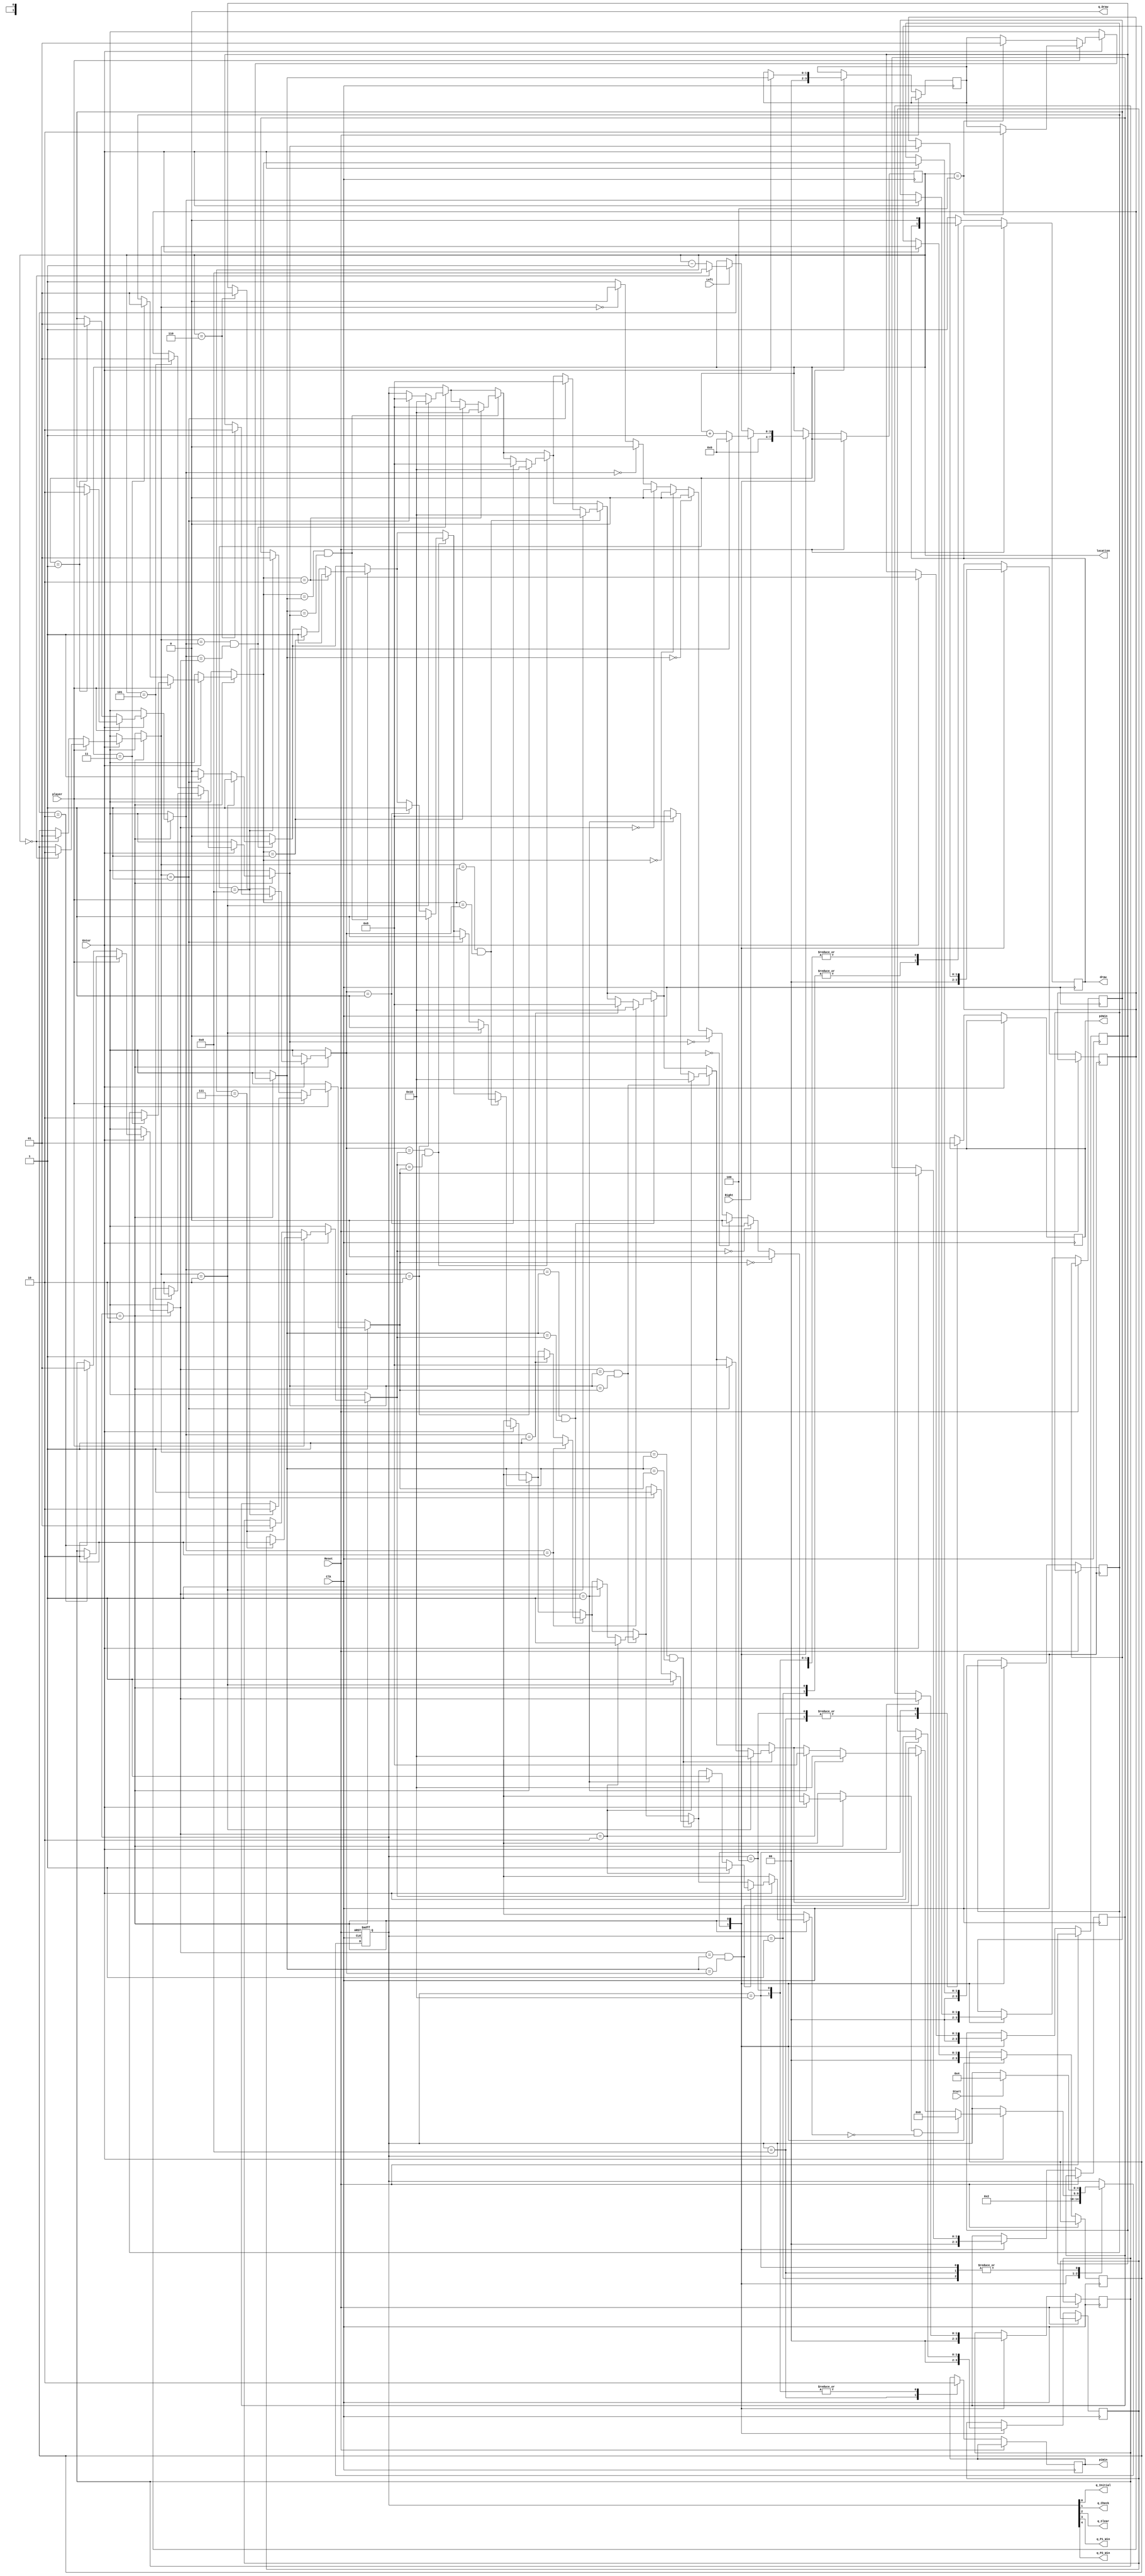
`timescale 1ns / 1ps
module final_project(Clk, Left, Right, Start, Reset, Enter, q_Initial, q_Check, q_Clear, q_P1_Win, q_P2_Win, q_Draw, player, p1Win, p2Win, draw, location);

input Clk, Left, Right, Start, Reset, Enter;
input player;
output q_Initial, q_Check, q_Clear, q_P1_Win, q_P2_Win, q_Draw;
output reg p1Win, p2Win, draw;


reg [1:0] mapBoard [8:0];

reg [4:0] state;
assign {q_Draw, q_P2_Win, q_P1_Win, q_Clear, q_Check, q_Initial} = state;

reg gameOver, flag;
integer i;
output reg [3:0] location;

localparam
INITIAL = 6'b000001,
CHECK   = 6'b000010,
CLEAR   = 6'b000100,
P1WIN   = 6'b001000,
P2WIN   = 6'b010000,
DRAW    = 6'b100000;


reg [6*8:0] state_string; 
// 6-character string for symbolic display of state

always @ (posedge Clk, posedge Reset)
begin
	(* full_case, parallel_case *) 
	// to avoid prioritization (Verilog 2001 standard)
	if(Reset)
	begin
		state <= INITIAL;
	end
	else
	begin
		case (state)
		INITIAL:
		begin
			if (Start)
				state <= CLEAR;
		end
		CLEAR:
		begin
			gameOver <= 1'b0;
			location <= 4'b0000;
			p1Win <= 1'b0;
			p2Win <= 1'b0;
			draw <= 1'b0;
			for (i = 0; i < 9; i = i + 1)
			begin
				mapBoard[i] <= 0;
			end
			state <= CHECK;
		end
		CHECK:
		begin
			if (Left)
			begin
				if (location == 4'b0000)
					location <= 4'b1000;
				else
					location <= location - 1;
			end
			if (Right)
			begin
				if (location == 4'b1000)
				   	location <= 4'b0000;
				else
				    location <= location + 1;
			end
			if (Enter)
			begin
				if (!player) 
				// player=0 is player1, player=1 is player2
					mapBoard[location] = 1;
				else
					mapBoard[location] = 2;
								
				gameOver = 1'b0;
				for (i = 0; i < 3; i = i + 1)
				begin
					if (mapBoard[i * 3 + 0] 
						== mapBoard[i * 3 + 1] && 
						mapBoard[i * 3 + 1] 
						== mapBoard[i * 3 + 2])
					begin
						if (mapBoard[i * 3 + 0] == 1)
						begin
							gameOver = 1'b1;
							state <= P1WIN;
						end
						if (mapBoard[i * 3 + 0] == 2)
						begin
							gameOver = 1'b1;
							state <= P2WIN;
						end
					end
				end
						
				for (i = 0; i < 3; i = i + 1)
				begin
					if (mapBoard[0 + i] == mapBoard[3 + i] 
						&& mapBoard[3 + i] 
						== mapBoard[6 + i])
					begin
						if (mapBoard[i] == 1)
						begin
							gameOver = 1'b1;
							state <= P1WIN;
						end
						if (mapBoard[i] == 2)
						begin
							gameOver = 1'b1;
							state <= P2WIN;
						end
					end
				end
				if (mapBoard[0] == mapBoard[4] && 
					mapBoard[4] == mapBoard[8])
				begin
					if (mapBoard[0] == 1)
					begin
						gameOver = 1'b1;
						state <= P1WIN;
					end
					if (mapBoard[0] == 2)
					begin
						gameOver = 1'b1;
						state <= P2WIN;
					end
				end
						
				if (mapBoard[2] == mapBoard[4] && 
					mapBoard[4] == mapBoard[6])
				begin
					if (mapBoard[2] == 1)
					begin
						gameOver = 1'b1;
						state <= P1WIN;
					end
					if (mapBoard[2] == 2)
					begin
						gameOver = 1'b1;
						state <= P2WIN;
					end
				end
							
				flag = 1'b1;
				for (i = 0; i < 9; i = i + 1)
				begin
					if (mapBoard[i] == 0)
						flag = 1'b0;
				end
						
				if (flag && !gameOver)
					state <= DRAW;
			end
		end
		P1WIN:
		begin
			p1Win <= 1'b1;
			p2Win <= 1'b0;
			draw  <= 1'b0;
			if (Start)
				state <= CLEAR;
		end
		P2WIN:
		begin
			p1Win <= 1'b0;
			p2Win <= 1'b1;
			draw  <= 1'b0;
			if (Start)
				state <= CLEAR;
		end
		DRAW:
		begin
			p1Win <= 1'b0;
			p2Win <= 1'b0;
			draw  <= 1'b1;
			if (Start)
	 			state <= CLEAR;
		end
		default:
		begin
			draw <= 1'b1;
		end
		endcase
	end
end

always @ (*)
begin
	case ({q_Draw,q_P2_Win,q_P1_Win,q_Clear, q_Check,q_Initial})    
	6'b000001: 
		state_string = "q_Initial"; 
	6'b000010: 
		state_string = "q_Check"; 
	6'b000100: 
		state_string = "q_Clear"; 
	6'b001000: 
		state_string = "q_P1_WIN"; 
	6'b010000: 
		state_string = "q_P2_WIN"; 
	6'b100000: 
		state_string = "q_Draw"; 
	endcase
end

endmodule